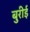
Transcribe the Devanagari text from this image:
बुरीई